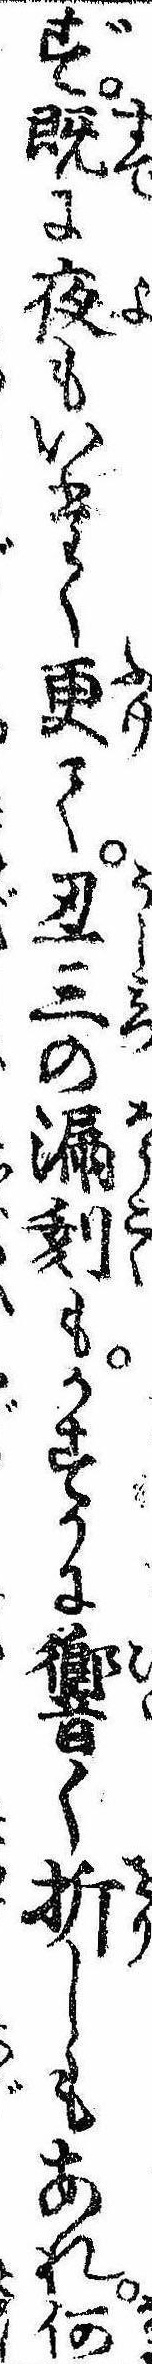
ず既に夜もいたく更て丑三の漏刻もかすかに響く折しもあれ何